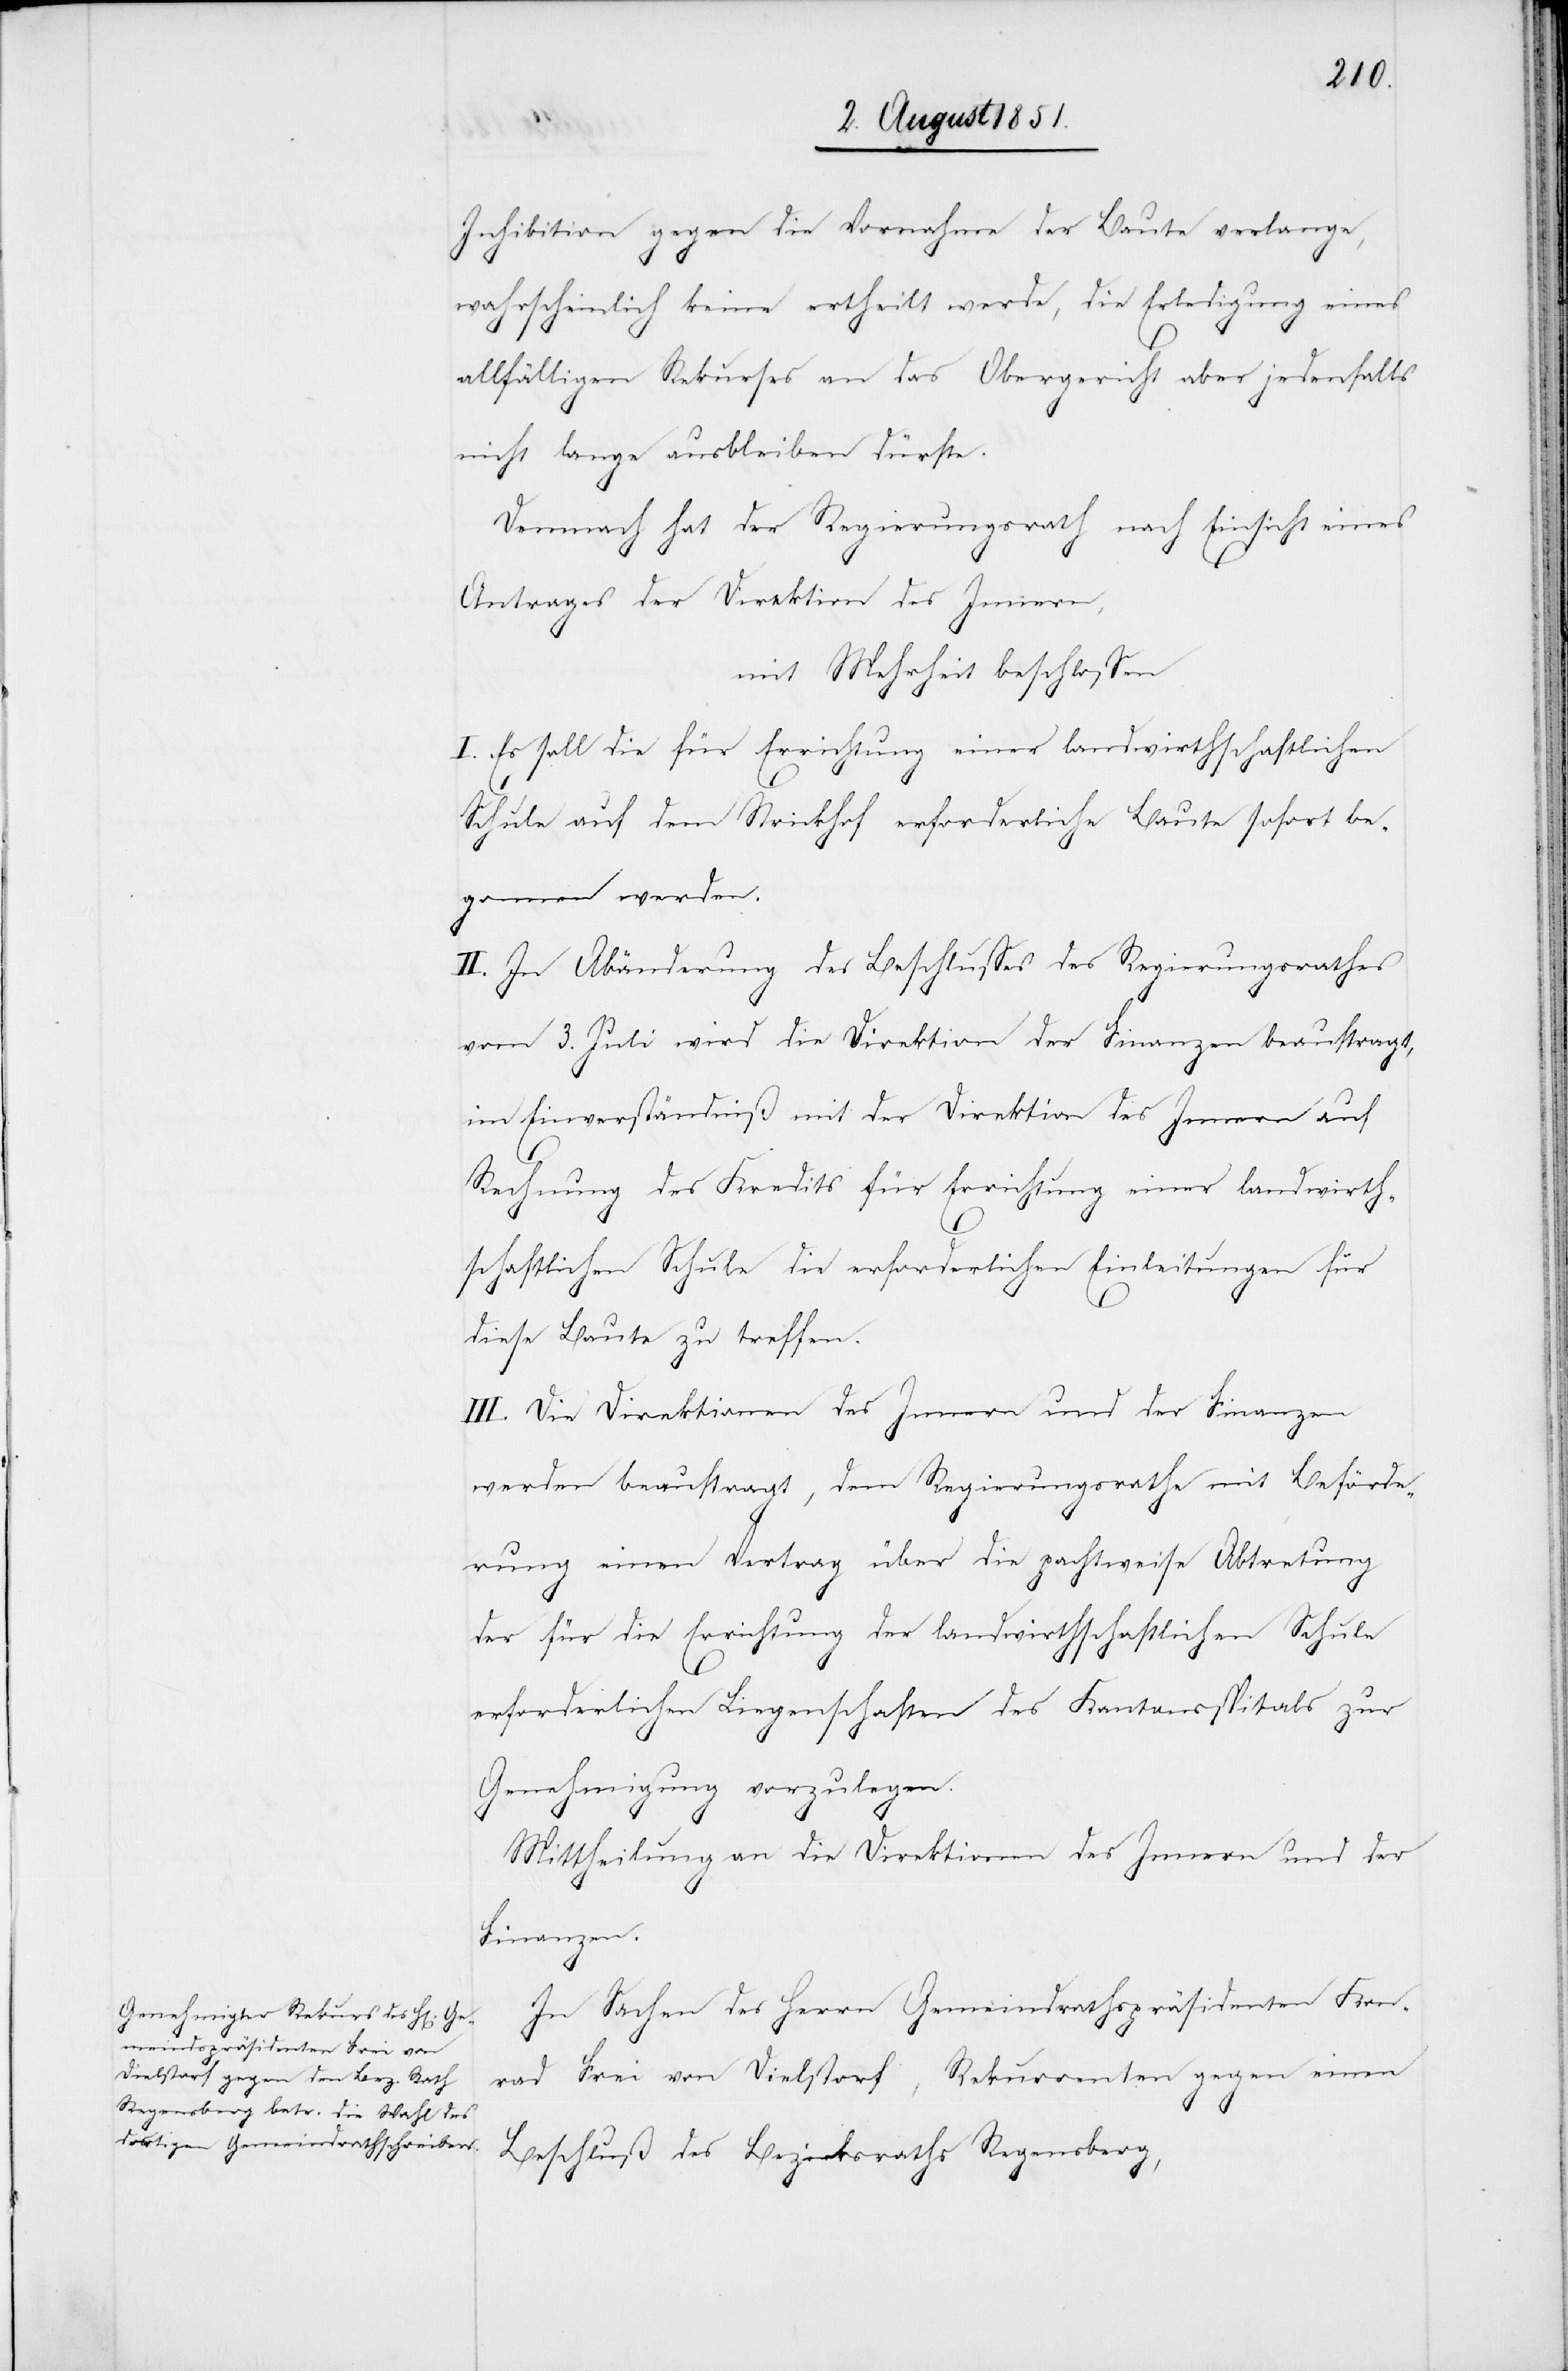
Inhibition gegen die Vornahme der Baute verlange,
wahrscheinlich keine ertheilt werde, die Erledigung eines
allfälligen Rekurses an das Obergericht aber jedenfalls
nicht lange ausbleiben dürfte.
Demnach hat der Regierungsrath nach Einsicht eines
Antrages der Direktion des Innern,
mit Mehrheit beschlossen
I. Es soll die für Errichtung einer landwirthschaftlichen
Schule auf dem Strickhof erforderliche Baute sofort be¬
gonnen werden.
II. In Abänderung des Beschlusses des Regierungsrathes
vom 3. Juli wird die Direktion der Finanzen beauftragt,
im Einverständniß mit der Direktion des Innern auf
Rechnung des Kredits für Errichtung einer landwirth¬
schaftlichen Schule die erforderlichen Einleitungen für
diese Baute zu treffen.
III. Die Direktionen des Innern und der Finanzen
werden beauftragt, dem Regierungsrathe mit Beförde¬
rung einen Vertrag über die pachtweise Abtretung
der für die Errichtung der landwirthschaftlichen Schule
erforderlichen Liegenschaften des Kantonsspitals zur
Genehmigung vorzulegen.
Mittheilung an die Direktionen des Innern und der
Finanzen.
In Sachen des Herrn Gemeindrathspräsidenten Kon¬
rad Frei von Dielstorf, Rekurrenten gegen einen
Beschluß des Bezirksraths Regensberg,